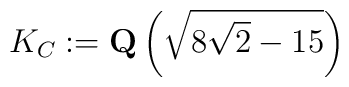
K_C:=\mbox{\bf Q}\left(\sqrt{8\sqrt{2}-15}\right)